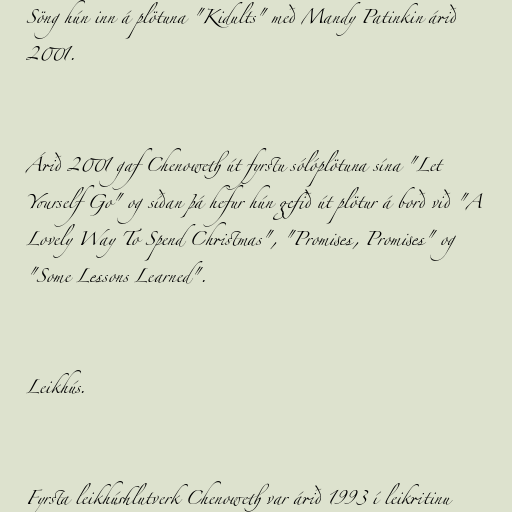
Söng hún inn á plötuna "Kidults" með Mandy Patinkin árið
2001.

Árið 2001 gaf Chenoweth út fyrstu sólóplötuna sína "Let
Yourself Go" og síðan þá hefur hún gefið út plötur á borð við "A
Lovely Way To Spend Christmas", "Promises, Promises" og
"Some Lessons Learned".

Leikhús.

Fyrsta leikhúshlutverk Chenoweth var árið 1993 í leikritinu